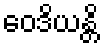
ဝေဒိယန္တိ